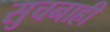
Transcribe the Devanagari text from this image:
सुचनाही